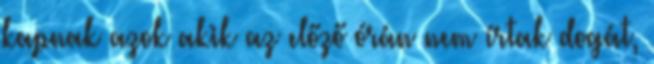
kapnak azok akik az előző órán nem írtak dogát,